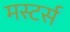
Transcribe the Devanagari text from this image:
मस्टर्स